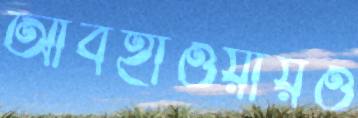
আবহাওয়ায়ও